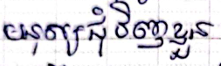
មនុស្សជុំវិញខ្លួន